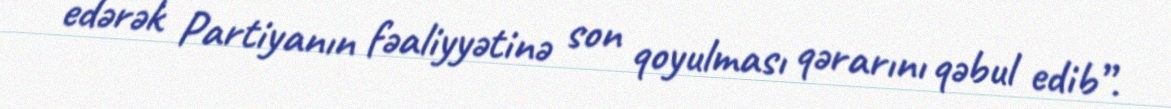
edərək Partiyanın fəaliyyətinə son qoyulması qərarını qəbul edib”.